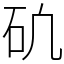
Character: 𥐥